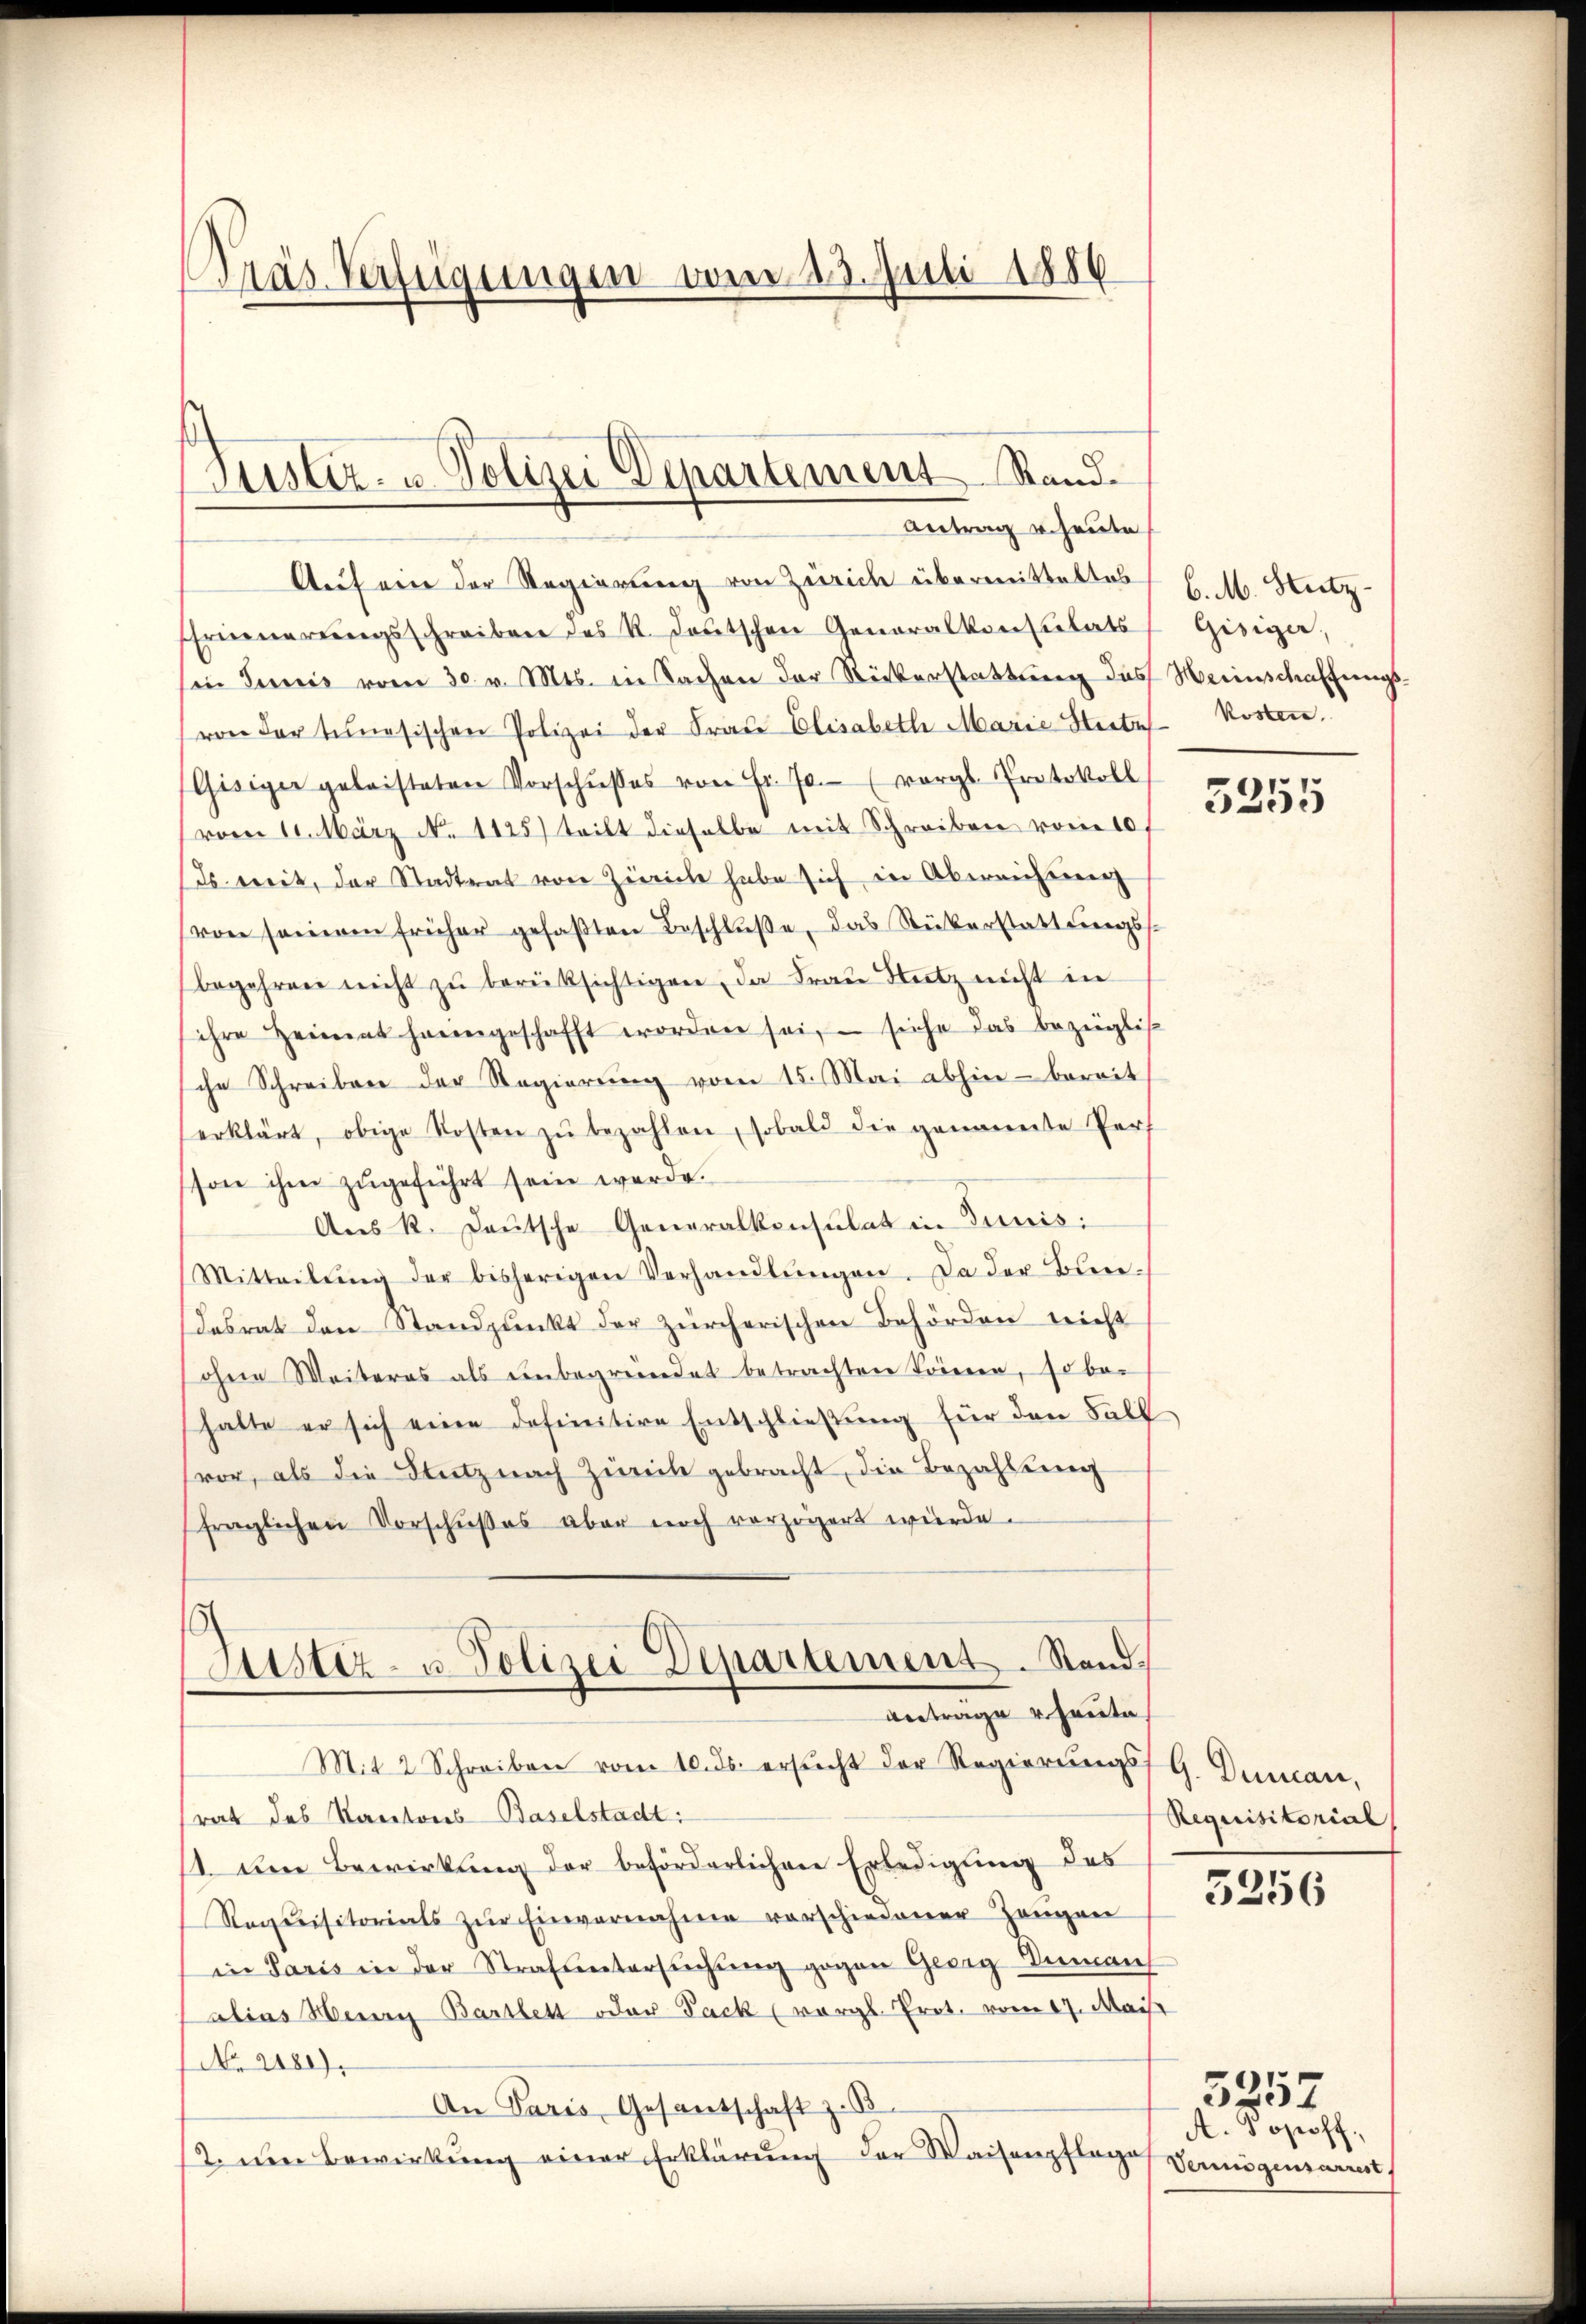
Präs. Verfügungen vom 23. Juli 1886

Justiz- u. Polizei Departement Rand¬
Antrag u. heute

Auf ein der Regierung von Zürich übermitteltes
Erneŭerŭngsschreiben des K. Deutschen Generalkonsulats
sin Junis vom 30. v. Mts. in Sachen der Rückerstattung das
von der tunesischen Polizei der Fraŭ Elisabeth Marie Staates Kosten.
Gisiger geleisteten Vorschŭβes von Fr. 70. (vergl. Protokoll
(vom 10. März No. 1125) teilt dieselbe mit Schreiben vom 10.
(es weit, der Stadtrat von Zürich habe sich in Abereichtung
von seineren früher gefaβten Beschlŭβe, das Rükerstatt Ceress
begehren nicht zŭ berüksichtigen, da Frau Nutz nicht in
ihre Heimat hergeschafft worden sei, - siche das bezügli
sche Schreiben der Regierŭng vom 15. Mai abhin bereit
erklärt, obige Kosten zŭ bezahlen, sobald die genannte Pert
son ihm zugeführt sein werde.
Ans k. Deutsche Generalkonsulat in Junis:
Mitteilŭng der bisherigen Verhandlŭngen. Da der Bun-
desrat den Standpŭnkt der zürcherischen Behörden reicht
ohne Weiteres als einbegründet betrachten Trieren, so behalte er sich eine definitive Entschließung für den Fall
vor, als die Stutz nach Zürich gebracht, die Bezahlung
fraglichen Vorschŭβes aber noch verzögert würde.
Saister- u Polizei Departement. Stand.
bertrage heute
Mit 2 Schreiben vom 10. ds. ersŭcht der Regierŭngs-
rat des Kantons Baselstadt:
1. Den Bewirkung der beförderlichen Erledigung des
Requisitorials zŭr Einvernahme vorschiedener Zeugen
in Paris in der Strafuntersŭchŭng gegen Georg Inman
alias Herrn Bartlett oder Pack (vergl. Prot. vom 17. Mai
No 2180).
An Paris Gesantschaft z. B.
2. um Bewirkung einer Erklärung der Waisenpflage

6. M. Nutz-
Gisiger,
Meeinschaffungs¬

)
201

G. Decan,
Requisitorial

5256

A. Popoff,
Vermögensarest

5257